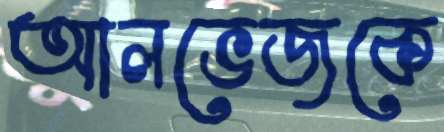
আলভেজকে